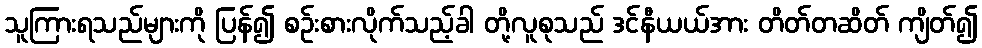
သူကြားရသည်များကို ပြန်၍ စဉ်းစားလိုက်သည့်ခါ တို့လူစုသည် ဒင်နီယယ်အား တိတ်တဆိတ် ကျိတ်၍